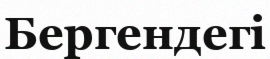
Бергендегі